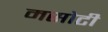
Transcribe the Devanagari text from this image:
मसोटी